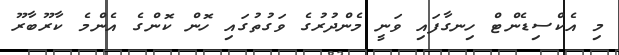
މި އެކްސިޑެންޓް ހިނގާފައި ވަނީ މެންދުރުގެ ވަގުތުގައި ހޮން ކޮންގެ އެންމެ ކާރޫބާރޫ